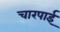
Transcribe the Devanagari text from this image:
चारपार्इ